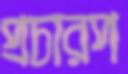
প্রচারপ